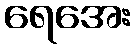
ရေအေး